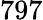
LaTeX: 797